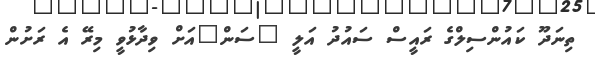
ތިނަދޫ ކައުންސިލްގެ ރައީސް ސައުދު އަލީ "ސަން"އަށް ވިދާޅުވީ މިރޭ އެ ރަށުން